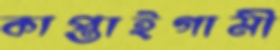
কাপ্তাইগামী